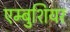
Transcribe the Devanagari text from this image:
एम्बुशियर